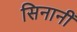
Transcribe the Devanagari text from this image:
सिनानीं